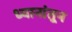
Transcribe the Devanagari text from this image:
ध्यानांतून